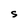
Character: S